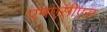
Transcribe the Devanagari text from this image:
एमएसीएस